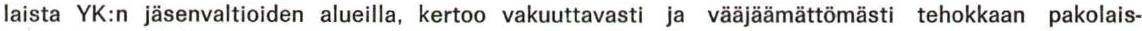
laista YK:n jäsenvaltioiden alueilla, kertoo vakuuttavasti ja vääjäämättömästi tehokkaan pakolais-